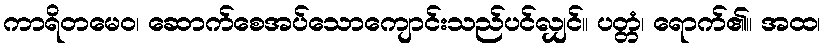
ကာရိတမေဝ၊ ဆောက်စေအပ်သောကျောင်းသည်ပင်လျှင်။ ပတ္တံ၊ ရောက်၏။ အထ၊